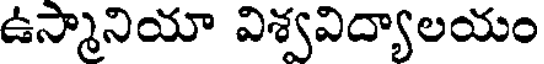
ఉస్మానియా విశ్వవిద్యాలయం